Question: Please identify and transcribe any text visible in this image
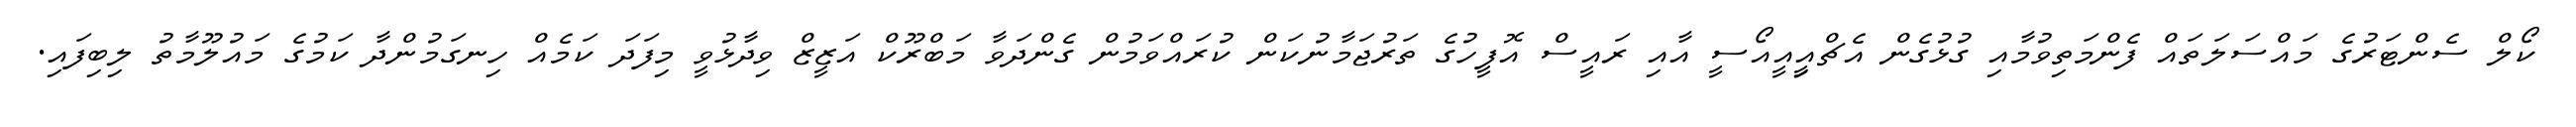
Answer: ކޯލް ސެންޓަރުގެ މައްސަލަތައް ފެންމަތިވުމާއި ގުޅުގެން އެޗްއިީއީއޯސީ އާއި ރައީސް އޮފީހުގެ ތަރުޖަމާނުކަން ކުރައްވަމުން ގެންދަވާ މަބްރޫކް އަޒީޒް ވިދާޅުވީ މިފަދަ ކަމެއް ހިނގަމުންދާ ކަމުގެ މައުލޫމާތު ލިބިފައި.